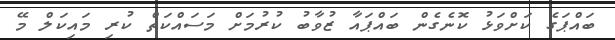
ބައްޕަގެ ކަށްވަޅު ކޮނެގެން ބައްޕައާ ޒުވާބު ކުރުމަށް މަސައްކަތް ކުރި މައިކަލް މޭ